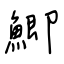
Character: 鯽